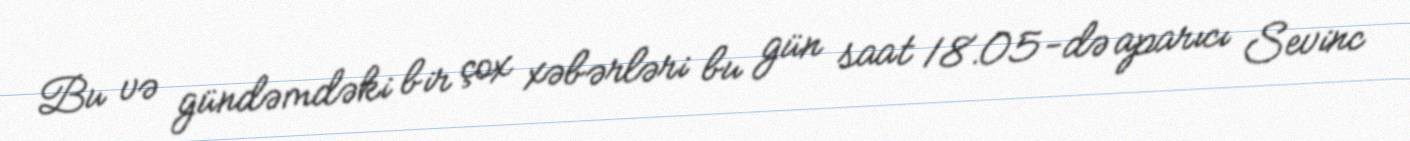
Bu və gündəmdəki bir çox xəbərləri bu gün saat 18.05-də aparıcı Sevinc